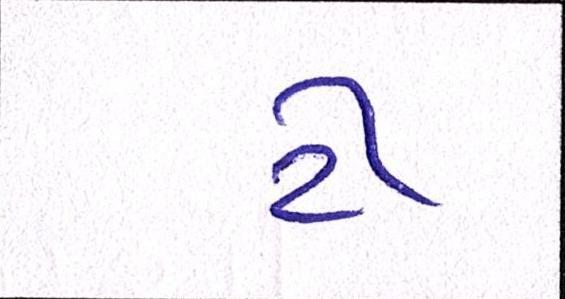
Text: ટી